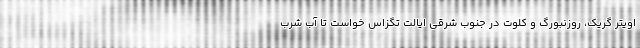
اویتر گریک، روزنبورگ و کلوت در جنوب شرقی ایالت تگزاس خواست تا آب شرب